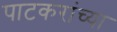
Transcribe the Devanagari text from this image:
पाटकरांच्या